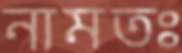
নামতঃ